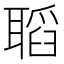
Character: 𦗌